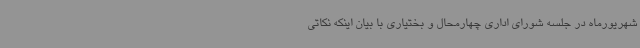
شهریورماه در جلسه شورای اداری چهارمحال و بختیاری با بیان اینکه نکاتی